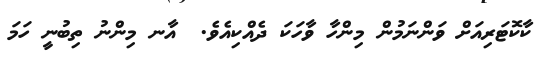
ކާކޮޓަރިއަށް ވަންނަމުން މިންހާ ވާހަކަ ދެއްކިއެވެ.  އާނ މިންނު ތިބުނީ ހަމަ